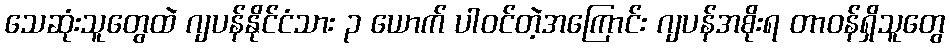
သေဆုံးသူတွေထဲ ဂျပန်နိုင်ငံသား ၃ ယောက် ပါဝင်တဲ့အကြောင်း ဂျပန်အစိုးရ တာဝန်ရှိသူတွေ